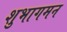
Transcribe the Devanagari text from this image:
शुभागमन